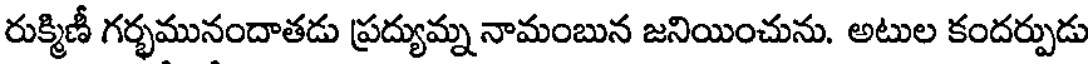
రుక్మిణీ గర్భమునందాతడు ప్రద్యుమ్న నామంబున జనియించును. అటుల కందర్పుడు